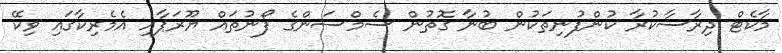
މާކެޓް ދިރާސާކުރާ ކުންފުނިތަކުން ބުނާ ގޮތުން ސެމްސަންގެ ފޯނުތައް ޔޫރަޕާއި އެމެރިކާގައި ވިކޭ